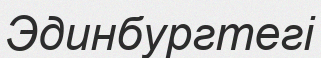
Эдинбургтегі